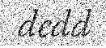
dedd